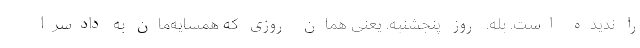
را ندیده است. بله. روز پنجشنبه. یعنی همان روزی که همسایه‌مان به دادسرا